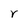
Character: r